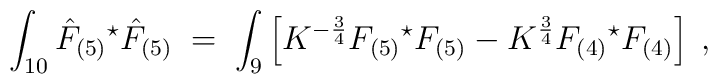
\int_{10 }\hat{F}_{(5)}{}^{\star}\hat{F}_{(5)} \;=\; \int_{9}\left[K^{-\frac{3}{4}} F_{(5)}{}^{\star}F_{(5)} -K^{\frac{3}{4}}F_{(4)}{}^{\star}F_{(4)}\right] \; ,